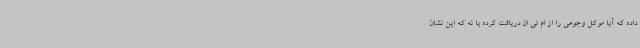
داده که آیا موکل وجوهی را از ام تی ان دریافت کرده یا نه که این نشان